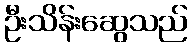
ဦးသိန်းဆွေသည်